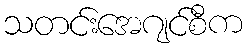
သတင်းအေဂျင်စီက